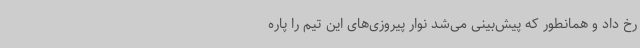
رخ داد و همانطور که پیش‌بینی می‌شد نوار پیروزی‌های این تیم را پاره